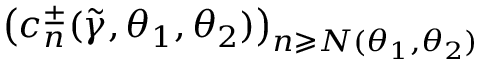
\big ( c _ { n } ^ { \pm } ( \widetilde { \gamma } , \theta _ { 1 } , \theta _ { 2 } ) \big ) _ { n \geqslant N ( \theta _ { 1 } , \theta _ { 2 } ) }